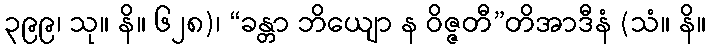
၃၉၉၊ သု။ နိ။ ၆၂၈)၊ “ခန္တာ ဘိယျော န ဝိဇ္ဇတီ”တိအာဒီနံ (သံ။ နိ။